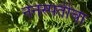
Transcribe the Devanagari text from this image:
ननस्पतीचा